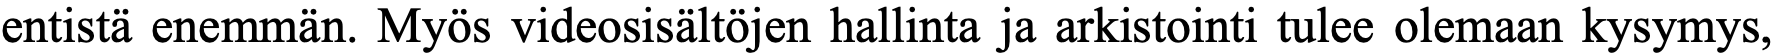
entistä enemmän. Myös videosisältöjen hallinta ja arkistointi tulee olemaan kysymys,